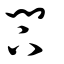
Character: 閇